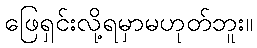
ဖြေရှင်းလို့ရမှာမဟုတ်ဘူး။